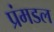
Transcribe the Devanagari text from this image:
प्रंमडल